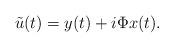
LaTeX: \begin{align*}\tilde{u}(t) = y(t) + i \Phi x(t).\end{align*}